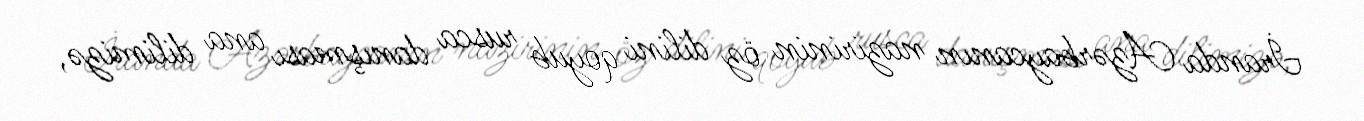
İranda Azərbaycanın nazirinin öz dilini qoyub rusca danışması ana dilimizə,